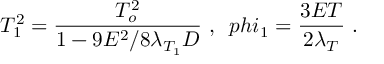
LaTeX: T _ { 1 } ^ { 2 } = { \frac { T _ { o } ^ { 2 } } { 1 - 9 E ^ { 2 } / 8 \lambda _ { T _ { 1 } } D } } \ , \ \, p h i _ { 1 } = { \frac { 3 E T } { 2 \lambda _ { T } } } \ .